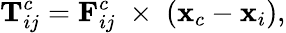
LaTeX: {\textbf{T}_{ij}^{c}}=\textbf{F}_{ij}^{c}\; \times\; (\mathbf{x}_{c}-\mathbf{x}_{i}),